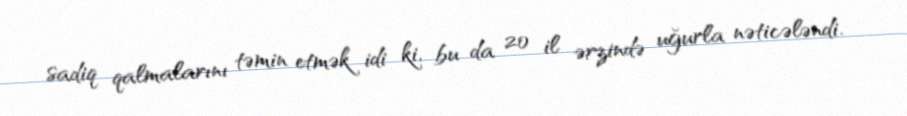
sadiq qalmalarını təmin etmək idi ki, bu da 20 il ərzində uğurla nəticələndi.